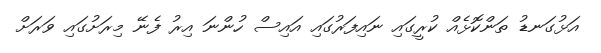
އަޅުގަނޑު ތަންކޮޅެއް ކުރީގައި ނައިފަރުގައި އައިސް ހުންނަ އިރު ފެނޭ މިރަށުގައި ވަރަށް